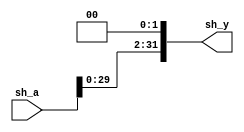
/********************/
/* shifter32_32_l2.v */
/********************/

//             +----+
// sh_a[31:0]->|    |->sh_y[31:0]
//             +----+

module shifter32_32_l2 (sh_a, sh_y);  // 
  input  [31:0]  sh_a;          //  32-bit
  output [31:0]  sh_y;          //  32-bit

  //Body
  //2-bit 
  assign sh_y = {sh_a[29:0], 2'b00};
endmodule